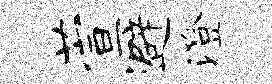
萱避澄